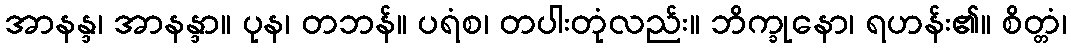
အာနန္ဒ၊ အာနန္ဒာ။ ပုန၊ တဘန်။ ပရံစ၊ တပါးတုံလည်း။ ဘိက္ခုနော၊ ရဟန်း၏။ စိတ္တံ၊